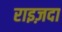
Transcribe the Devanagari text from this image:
राइज़दा